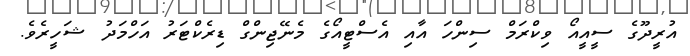
އުރީދޫގެ ސީއީއޯ ވިކްރަމް ސިންހަ އާއި އެސްޓީއޯގެ މެނޭޖިންގް ޑިރެކްޓަރު އަހްމަދު ޝަހީރެވެ.